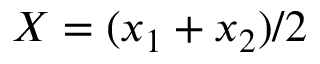
X = ( x _ { 1 } + x _ { 2 } ) / 2